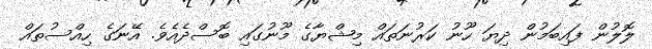
ލޮލުން ފައިބަމުން ދިޔަ ހޫނު ކަރުނަތައް މިޝްޔާގެ މޫނުގައި ބޮސްދެއެވެ. އޭނަގެ ހިއްސުތައް